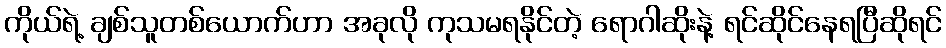
ကိုယ်ရဲ့ ချစ်သူတစ်ယောက်ဟာ အခုလို ကုသမရနိုင်တဲ့ ရောဂါဆိုးနဲ့ ရင်ဆိုင်နေရပြီဆိုရင်